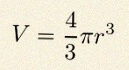
V=\frac43\pi r^3